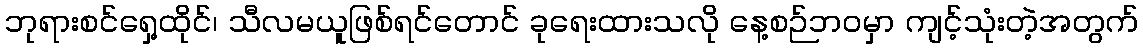
ဘုရားစင်ရှေ့ထိုင်၊ သီလမယူဖြစ်ရင်တောင် ခုရေးထားသလို နေ့စဉ်ဘဝမှာ ကျင့်သုံးတဲ့အတွက်